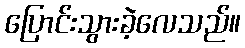
ပြောင်းသွားခဲ့လေသည်။